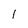
Character: 1